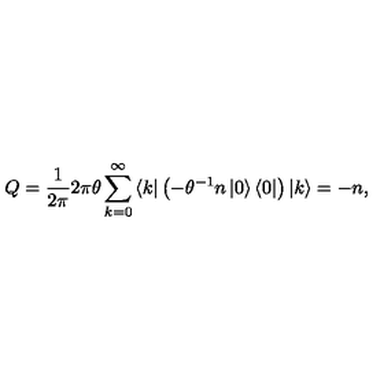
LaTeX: Q = \frac { 1 } { 2 \pi } 2 \pi \theta \sum _ { k = 0 } ^ { \infty } \left\langle k \right| \left( - \theta ^ { - 1 } n \left| 0 \right\rangle \left\langle 0 \right| \right) \left| k \right\rangle = - n ,